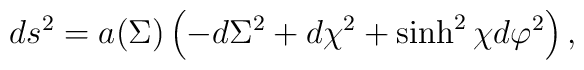
ds^2=a(\Sigma)\left(-d\Sigma^2+d\chi^2+\sinh^2\chi d\varphi^2\right) ,